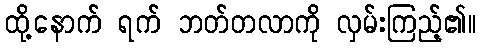
ထို့နောက် ရက် ဘတ်တလာကို လှမ်းကြည့်၏။